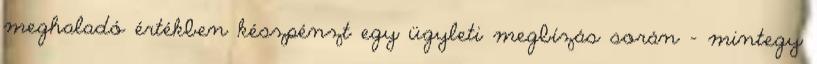
meghaladó értékben készpénzt egy ügyleti megbízás során - mintegy